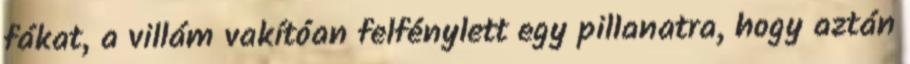
fákat, a villám vakítóan felfénylett egy pillanatra, hogy aztán